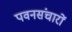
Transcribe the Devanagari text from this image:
पवनसंचारों